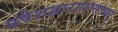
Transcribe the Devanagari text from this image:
प्रवेशद्वारापासच्या